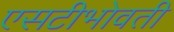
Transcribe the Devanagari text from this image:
एसटीभोवती